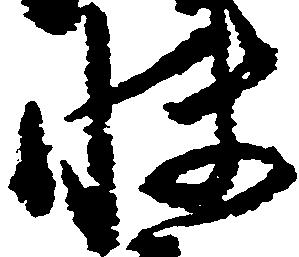
快